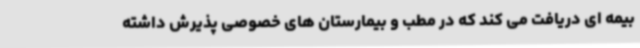
بیمه ای دریافت می کند که در مطب و بیمارستان های خصوصی پذیرش داشته